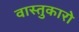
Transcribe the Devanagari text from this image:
वास्तुकारो